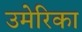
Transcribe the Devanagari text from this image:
उमेरिका